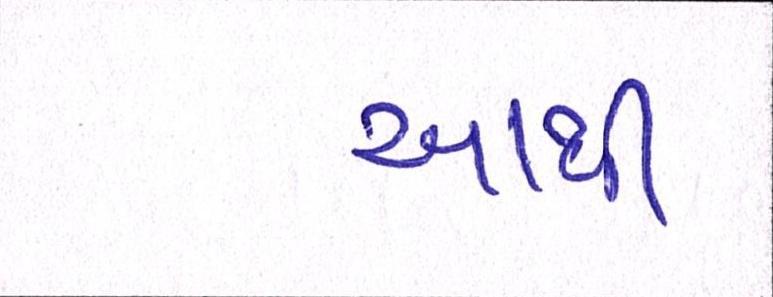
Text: આથી